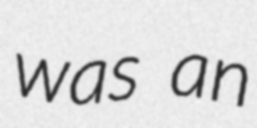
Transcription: was an